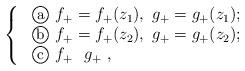
LaTeX: \begin{align*}\rm \left\{ \begin{array}{lll} \ \textcircled{\small{a}}~ f_{+}=f_{+}(z_{1}),~g_{+}=g_{+}(z_{1}); \\ \ \textcircled{\small{b}} ~f_{+}=f_{+}(z_{2}),~g_{+}=g_{+}(z_{2});\\ \ \textcircled{\small{c}} ~f_{+}~~g_{+} ~, \end{array} \right.\end{align*}